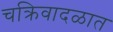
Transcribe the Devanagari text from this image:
चक्रिवादळात